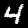
Digit: 4